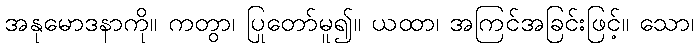
အနုမောဒနာကို။ ကတွာ၊ ပြုတော်မူ၍။ ယထာ၊ အကြင်အခြင်းဖြင့်။ သော၊